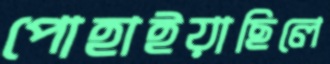
পোহাইয়াছিলে